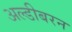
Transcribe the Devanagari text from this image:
अल्डीबरन